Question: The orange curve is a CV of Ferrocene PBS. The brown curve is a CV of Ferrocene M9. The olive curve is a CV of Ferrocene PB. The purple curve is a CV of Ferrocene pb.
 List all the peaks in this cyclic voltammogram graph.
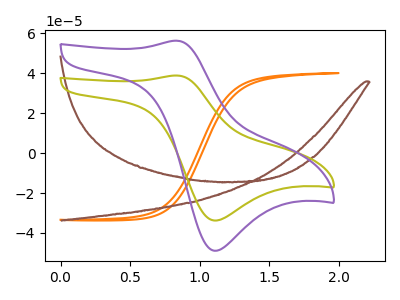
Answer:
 <answer>The orange curve "Ferrocene PBS" has no peaks. The brown curve "Ferrocene M9" has no peaks. The olive curve "Ferrocene PB" has an anodic peak at (0.85V, 38.85uA) and a cathodic peak at (1.10V, -33.75uA). The purple curve "Ferrocene pb" has an anodic peak at (0.85V, 56.30uA) and a cathodic peak at (1.10V, -48.90uA).</answer>
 <eval></eval>